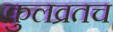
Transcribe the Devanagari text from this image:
कुलव्रतच